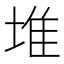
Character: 堆